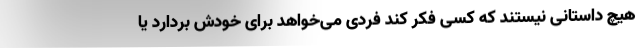
هیچ داستانی نیستند که کسی فکر کند فردی می‌خواهد برای خودش بردارد یا